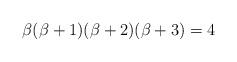
LaTeX: \begin{align*}\beta(\beta+1)(\beta+2)(\beta+3)=4\end{align*}